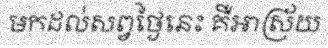
មកដល់សព្វថ្ងៃនេះ គឺអាស្រ័យ